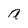
Character: a